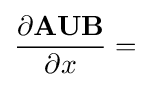
{\frac {\partial \mathbf {AUB} }{\partial x}}=